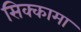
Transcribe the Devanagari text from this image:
सिक्कामा